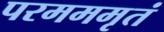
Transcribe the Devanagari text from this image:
परमममृतं